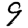
Digit: 9